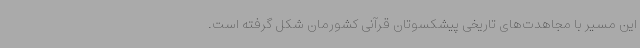
این مسیر با مجاهدت‌های تاریخی پیشکسوتان قرآنی کشورمان شکل گرفته است.